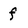
Character: f